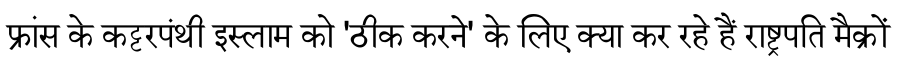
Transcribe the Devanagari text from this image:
फ्रांस के कट्टरपंथी इस्लाम को 'ठीक करने' के लिए क्या कर रहे हैं राष्ट्रपति मैक्रों